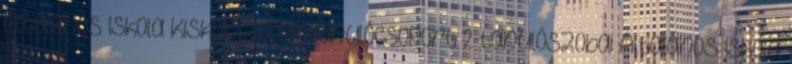
Általános Iskola Kiskanizsa: 4 tanulócsoport 2 tanulószobai Általános Iskola